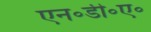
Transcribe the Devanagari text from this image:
एन॰डी॰ए॰